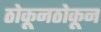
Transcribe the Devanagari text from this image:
ठोकूनठोकून